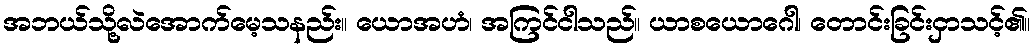
အဘယ်သို့လဲအောက်မေ့သနည်း။ ယောအဟံ၊ အကြင်ငါသည်။ ယာစယောဂေါ၊ တောင်းခြင်းငှာသင့်၏။